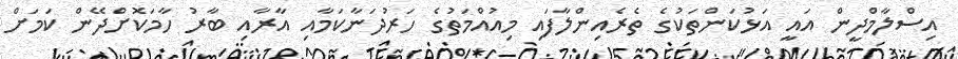
އިސްލާމްދީން އައީ އަޅުކަންތަކުގެ ތެރެއިންލާފައި މިއުއްމަތުގެ ހަރުދަނާކަމާއި އާރާއި ބާރު ހާމަކޮށްދޭން ކަަމަށް